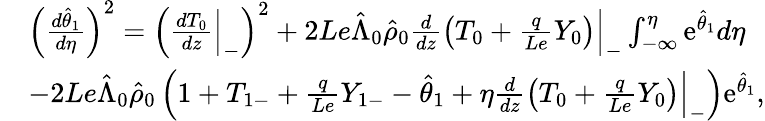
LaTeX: \begin{array}{rl}&{\left(\frac{d\hat{\theta}_{1}}{d\eta}\right)^{2}=\left(\frac{d{T}_{0}}{dz}\Big|_{-}\right)^{2}+2Le\hat{\Lambda}_{0}\hat{\rho}_{0}\frac{d}{dz}\left({T}_{0}+\frac{q}{Le}{Y}_{0}\right)\Big|_{-}\int_{-\infty}^{\eta}\mathrm{e}^{\hat{\theta}_{1}}d\eta}\\ &{-2Le\hat{\Lambda}_{0}\hat{\rho}_{0}\left(1+{T}_{1-}+\frac{q}{Le}{Y}_{1-}-\hat{\theta}_{1}+\eta\frac{d}{dz}\left({T}_{0}+\frac{q}{Le}{Y}_{0}\right)\Big|_{-}\right)\mathrm{e}^{\hat{\theta}_{1}},}\end{array}